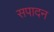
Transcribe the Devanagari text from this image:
सपादन